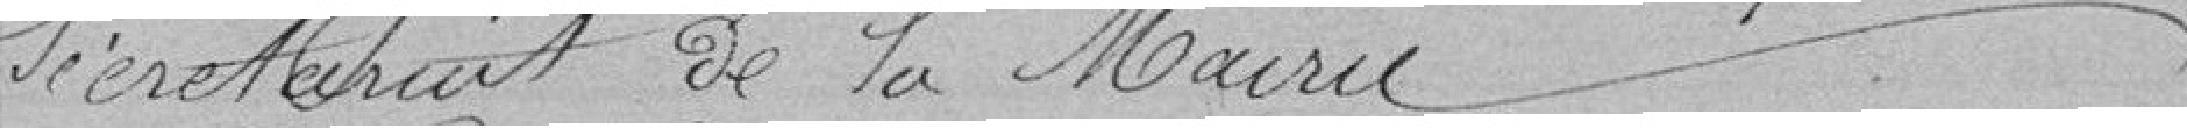
secrétariat de la Mairie.